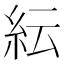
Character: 紜